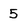
Character: 5